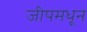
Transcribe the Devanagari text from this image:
जीपमधून